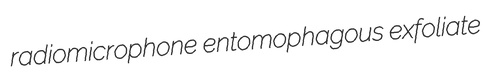
radiomicrophone entomophagous exfoliate